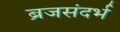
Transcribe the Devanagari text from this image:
ब्रजसंदर्भ